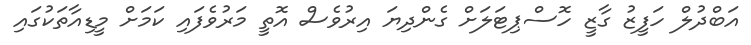
އަބްދުލް ހަފީޒު ގާޒީ ހޮސްޕިޓަލަށް ގެންދިޔަ އިރުވެސް އޮތީ މަރުވެފައި ކަމަށް މީޑިއާތަކުގައި